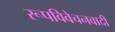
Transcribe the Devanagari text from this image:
रूपविवेचनवादी